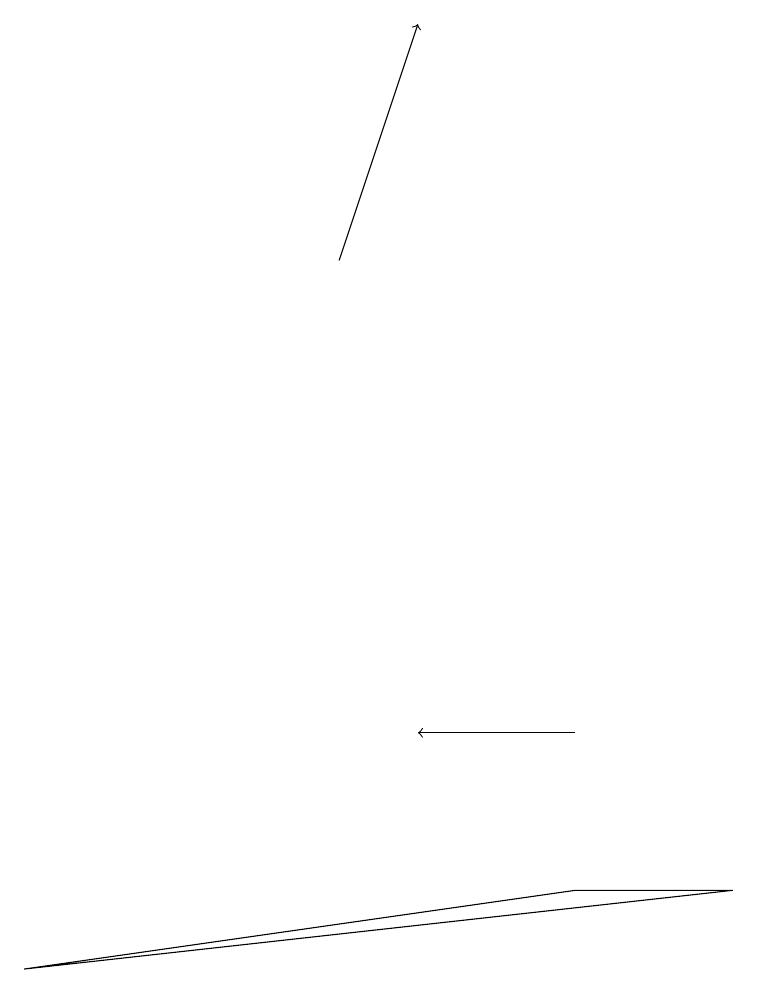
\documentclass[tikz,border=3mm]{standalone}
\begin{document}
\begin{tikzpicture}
\draw[->] (7,10) -- (5,10);
\draw[->] (4,16) -- (5,19);
\draw (9,8) -- (0,7) -- (7,8) -- cycle;
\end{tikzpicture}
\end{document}